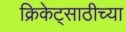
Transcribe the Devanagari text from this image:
क्रिकेट्साठीच्या